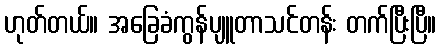
ဟုတ်တယ်။ အခြေခံကွန်ပျူတာသင်တန်း တက်ပြီးပြီ။